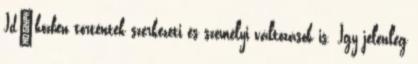
Idıközben történtek szerkezeti és személyi változások is. Így jelenleg